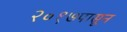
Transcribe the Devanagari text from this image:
२०१७पासून